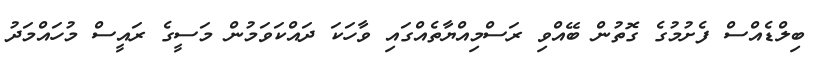
ބިލްޑެއްސް ފެށުމުގެ ގޮތުން ބޭއްވި ރަސްމިއްޔާތެއްގައި ވާހަކަ ދައްކަވަމުން މަސީގެ ރައީސް މުހައްމަދު